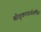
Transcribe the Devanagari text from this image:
श्रीशुकाचार्यवर्णित